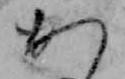
か